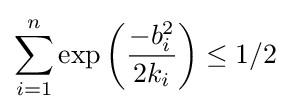
\sum _{i=1}^{n}\exp \left({-b_{i}^{2} \over 2k_{i}}\right)\leq 1/2